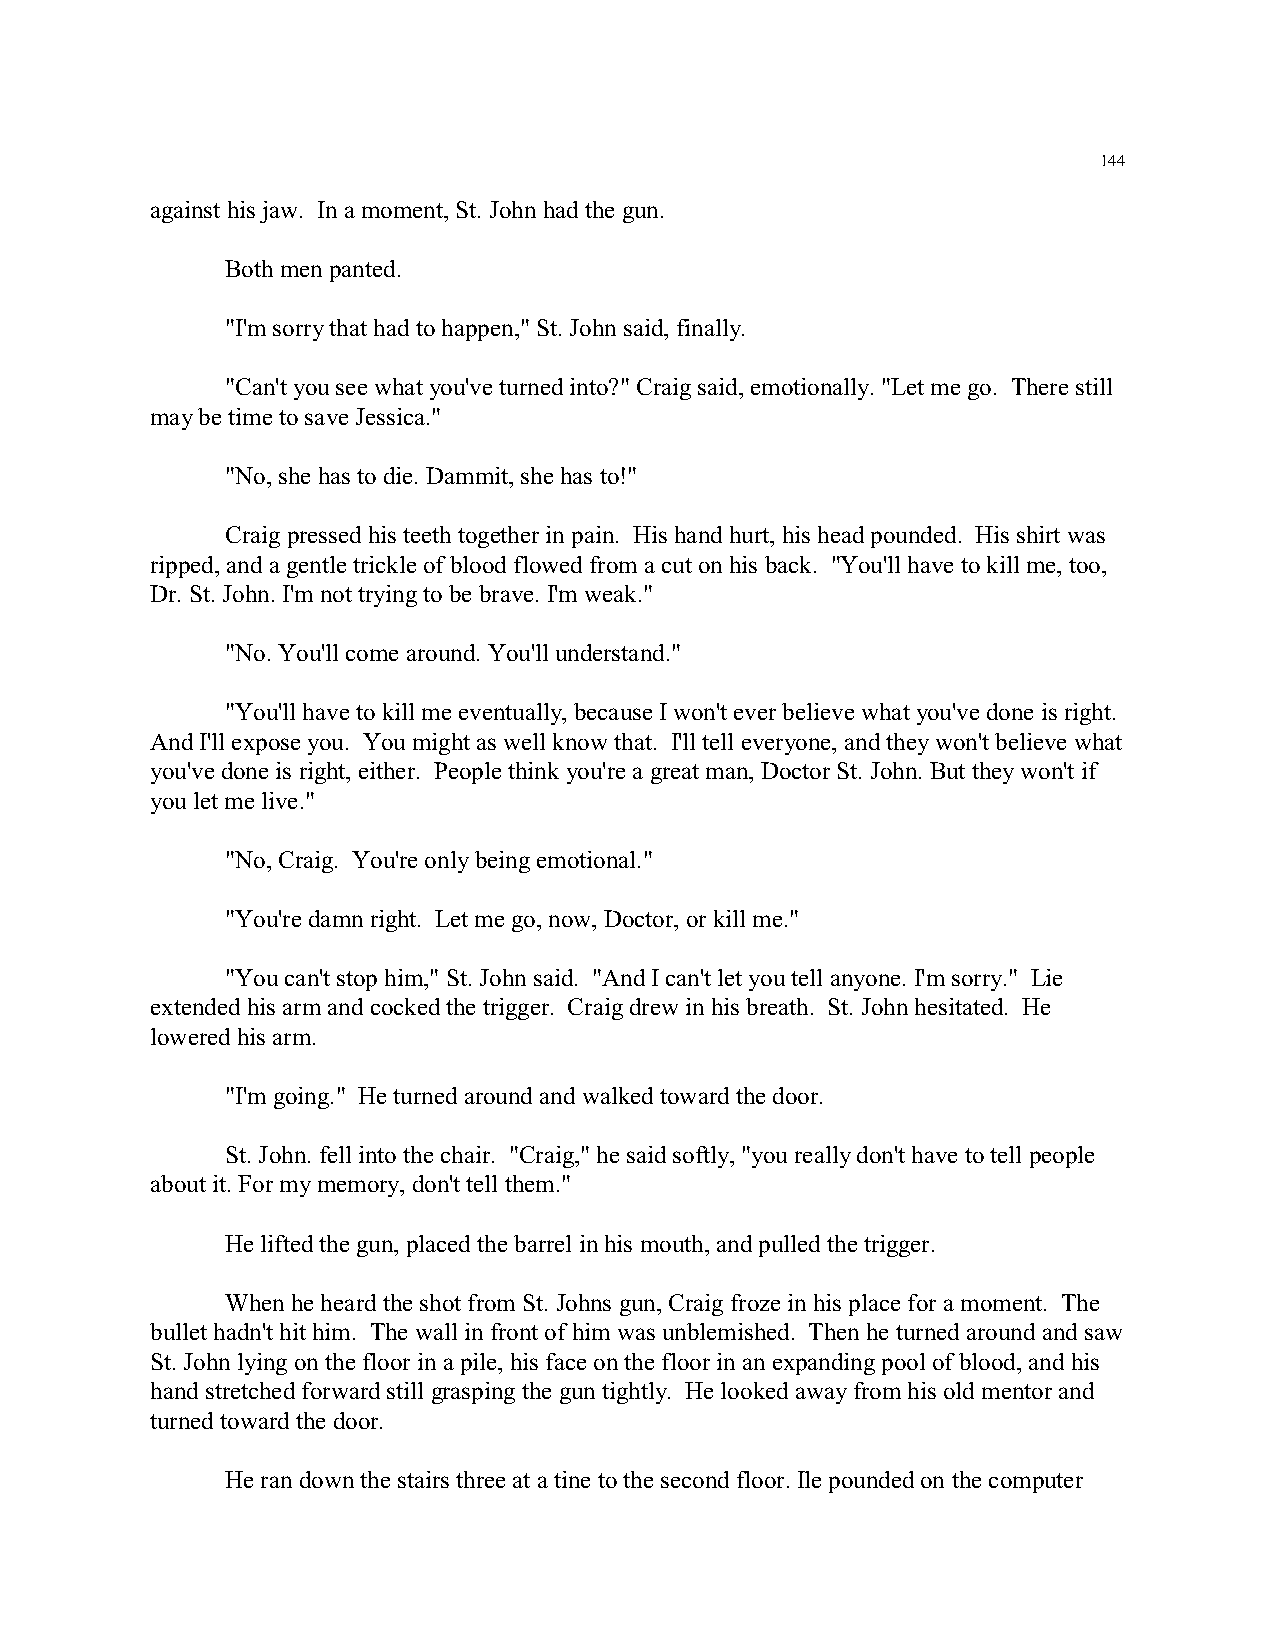
144
 against his jaw. In a moment, St. John had the gun.
 Both men panted.
 "I'm sorry that had to happen," St. John said, finally.
 "Can't you see what you've turned into?" Craig said, emotionally. "Let me go. There still
 may be time to save Jessica."
 "No, she has to die. Dammit, she has to!"
 Craig pressed his teeth together in pain. His hand hurt, his head pounded. His shirt was
 ripped, and a gentle trickle of blood flowed from a cut on his back. "You'll have to kill me, too,
 Dr. St. John. I'm not trying to be brave. I'm weak."
 "No. You'll come around. You'll understand."
 "You'll have to kill me eventually, because I won't ever believe what you've done is right.
 And I'll expose you. You might as well know that. I'll tell everyone, and they won't believe what
 you've done is right, either. People think you're a great man, Doctor St. John. But they won't if
 you let me live."
 "No, Craig. You're only being emotional."
 "You're damn right. Let me go, now, Doctor, or kill me."
 "You can't stop him," St. John said. "And I can't let you tell anyone. I'm sorry." Lie
 extended his arm and cocked the trigger. Craig drew in his breath. St. John hesitated. He
 lowered his arm.
 "I'm going." He turned around and walked toward the door.
 St. John. fell into the chair. "Craig," he said softly, "you really don't have to tell people
 about it. For my memory, don't tell them."
 He lifted the gun, placed the barrel in his mouth, and pulled the trigger.
 When he heard the shot from St. Johns gun, Craig froze in his place for a moment. The
 bullet hadn't hit him. The wall in front of him was unblemished. Then he turned around and saw
 St. John lying on the floor in a pile, his face on the floor in an expanding pool of blood, and his
 hand stretched forward still grasping the gun tightly. He looked away from his old mentor and
 turned toward the door.
 He ran down the stairs three at a tine to the second floor. Ile pounded on the computer